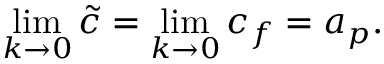
\operatorname* { l i m } _ { k \rightarrow 0 } \tilde { c } = \operatorname* { l i m } _ { k \rightarrow 0 } c _ { f } = a _ { p } .